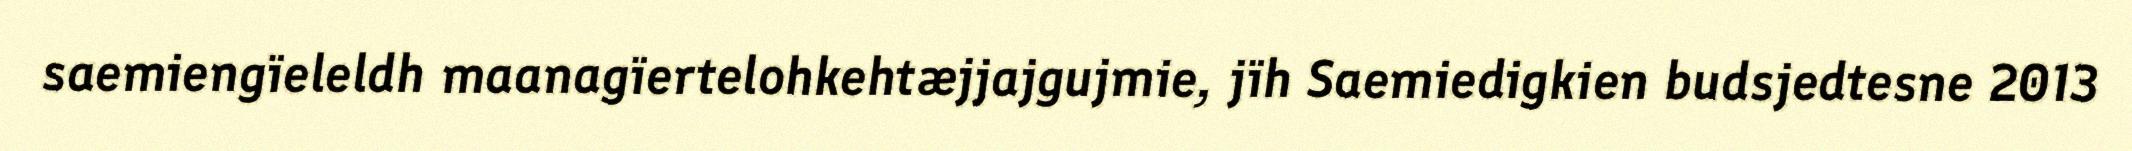
saemiengïeleldh maanagïertelohkehtæjjajgujmie, jïh Saemiedigkien budsjedtesne 2013